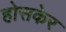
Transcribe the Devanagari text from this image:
होसकेर